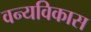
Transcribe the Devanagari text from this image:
वन्यविकास